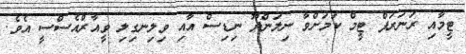
ޓީމާއި ރަނަރަޕް ޓީމް ކަމަށްވާ ނިލަންދޫ ނިޑިސް އާއި ވިލިނގިލި ވީއާރްއެސްސީ އެވެ.